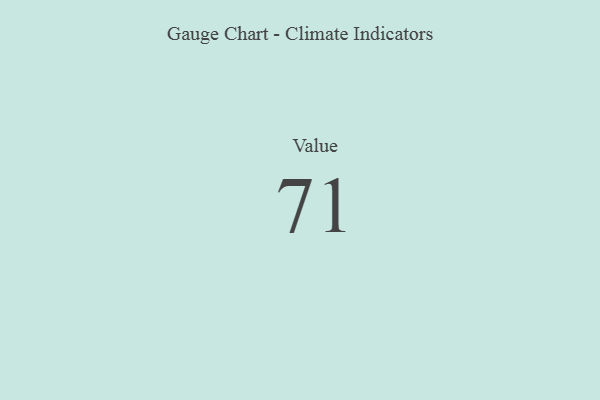
{"axis": {"x": "Metric", "y": "Value"}, "legend": [""], "data": [{"x": "Value", "y": 71, "type": ""}]}